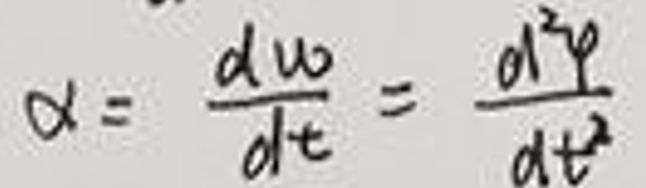
$\alpha = \frac{d \omega}{d t} = \frac{d ^ { 2 } \varphi}{d t ^ { 2 }}$